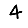
Digit: 4